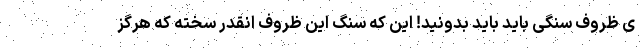
ی ظروف سنگی باید باید بدونید! این که سنگ این ظروف انقدر سخته که هرگز